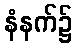
နံနက်၌